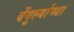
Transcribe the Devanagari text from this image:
वेंगुर्ल्याच्या